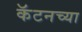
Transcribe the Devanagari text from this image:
कॅटनच्या